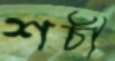
শচী